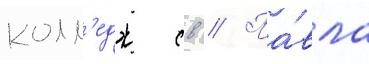
колл'едж св // Па́вла